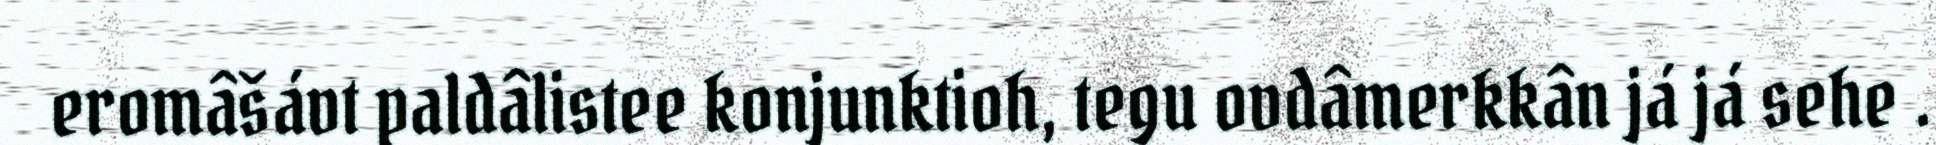
eromâšávt paldâlistee konjunktioh, tegu ovdâmerkkân já já sehe .